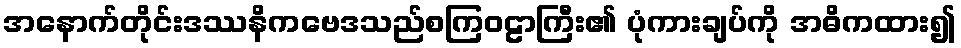
အနောက်တိုင်းဒဿနိကဗေဒသည်စကြဝဠာကြီး၏ ပုံကားချပ်ကို အဓိကထား၍